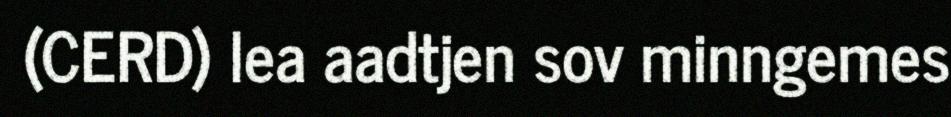
(CERD) lea aadtjen sov minngemes